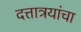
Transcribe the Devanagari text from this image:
दत्तात्रयांचा